Annual statistical returns and brief notes on vaccination in Bengal - 1909-1929
Year: 1909
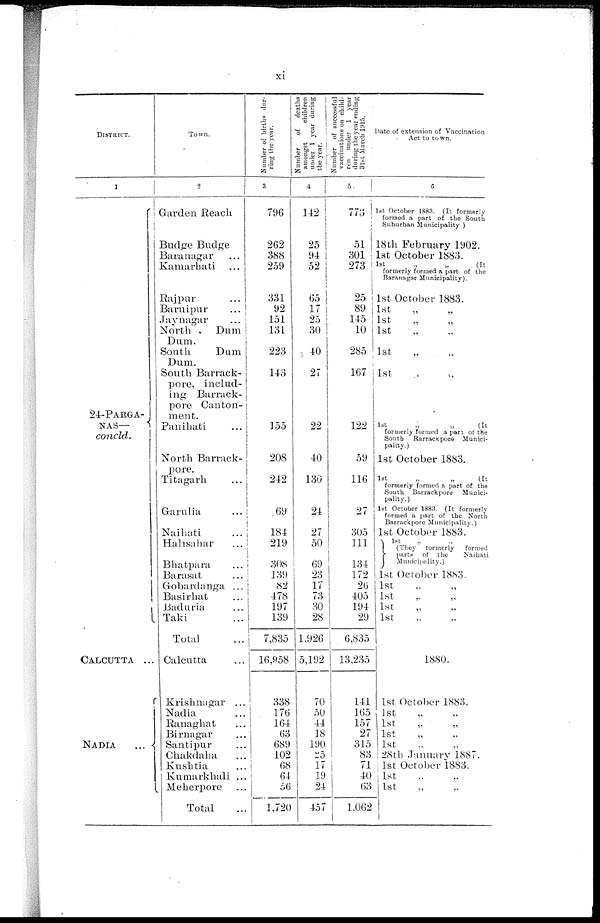
xi
DISTRICT.
1
24-PARGA¬
NAS—
concld.
CALCUTTA
...
NADIA
...
Town.
2
Garden Reach
Budge Budge
Baranagar ...
Kamarhati ...
Rajpur ...
Baruipur ...
Jaynagar ...
North
Dum
Dum.
South
Dum
Dum.
South Barrack¬
pore, includ-
ing Barrack¬
pore Canton-
ment.
Panihati ...
North Barrack¬
pore.
Titagarh ...
Garulia ...
Naihati ...
Halisahar ...
Bhatpara ...
Barasat ...
Gobardanga ...
Basirhat ...
Baduria ...
Taki ...
Total ...
Calcutta ...
Krishnagar ...
Nadia ...
Ranaghat ...
Birnagar ...
Santipur ...
Chakdaha ...
Kushtia ...
Kumarkhali ...
Meherpore ...
Total ...
Number of births dur¬
ring the year.
3
796
262
388
259
331
92
151
131
223
143
155
208
242
69
184
219
308
139
82
478
197
139
7,835
16,958
338
176
164
63
689
102
68
64
56
1,720
Number
of deaths
amongst
children
under 1 year during
the year.
4
142
25
94
52
65
17
25
30
40
27
22
40
130
24
27
50
69
23
17
73
30
28
1,926
5,192
70
50
44
18
190
25
17
19
24
457
Number of successful
vaccinations on child-
ren under 1 year
during the year ending
31st March 1915.
5
773
51
301
273
25
89
145
10
285
167
122
59
116
27
305
111
134
172
26
405
194
29
6,835
13,235
141
165
157
27
315
83
71
40
63
1,062
Date of extension of Vaccination
Act to town.
6
1st October 1883. (It formerly
formed a part of the South
Suburban Municipality )
18 th February 1902.
1st October 1883.
1st
„
„
(It
formerly formed a part of the
Baranagar Municipality).
1st October 1883.
1st
„
„
1st „ „
1st „ „
1st „ „
1st „ „
1st
„
„
(It
formerly formed a part of the
South Barrackpore Munici-
pality.)
1st October 1883.
1st
„
„
(It
formerly formed a part of the
South Barrackpore Munici-
pality.)
1st October 1883. (It formerly
formed a part of the North
Barrackpore Municipality.)
1st October 1883."
1st „ „
(They formerly
formed
parts of the
Naihati
Municipality.)
1st October 1883.
1st „ „
1st „ „
1st „ „
1st „ „
1880.
1st October 1883.
1st „ „
1st „ „
1st „ „
1st „ „
28th January 1887.
1st October 1883.
1st „ „
1st
„ „